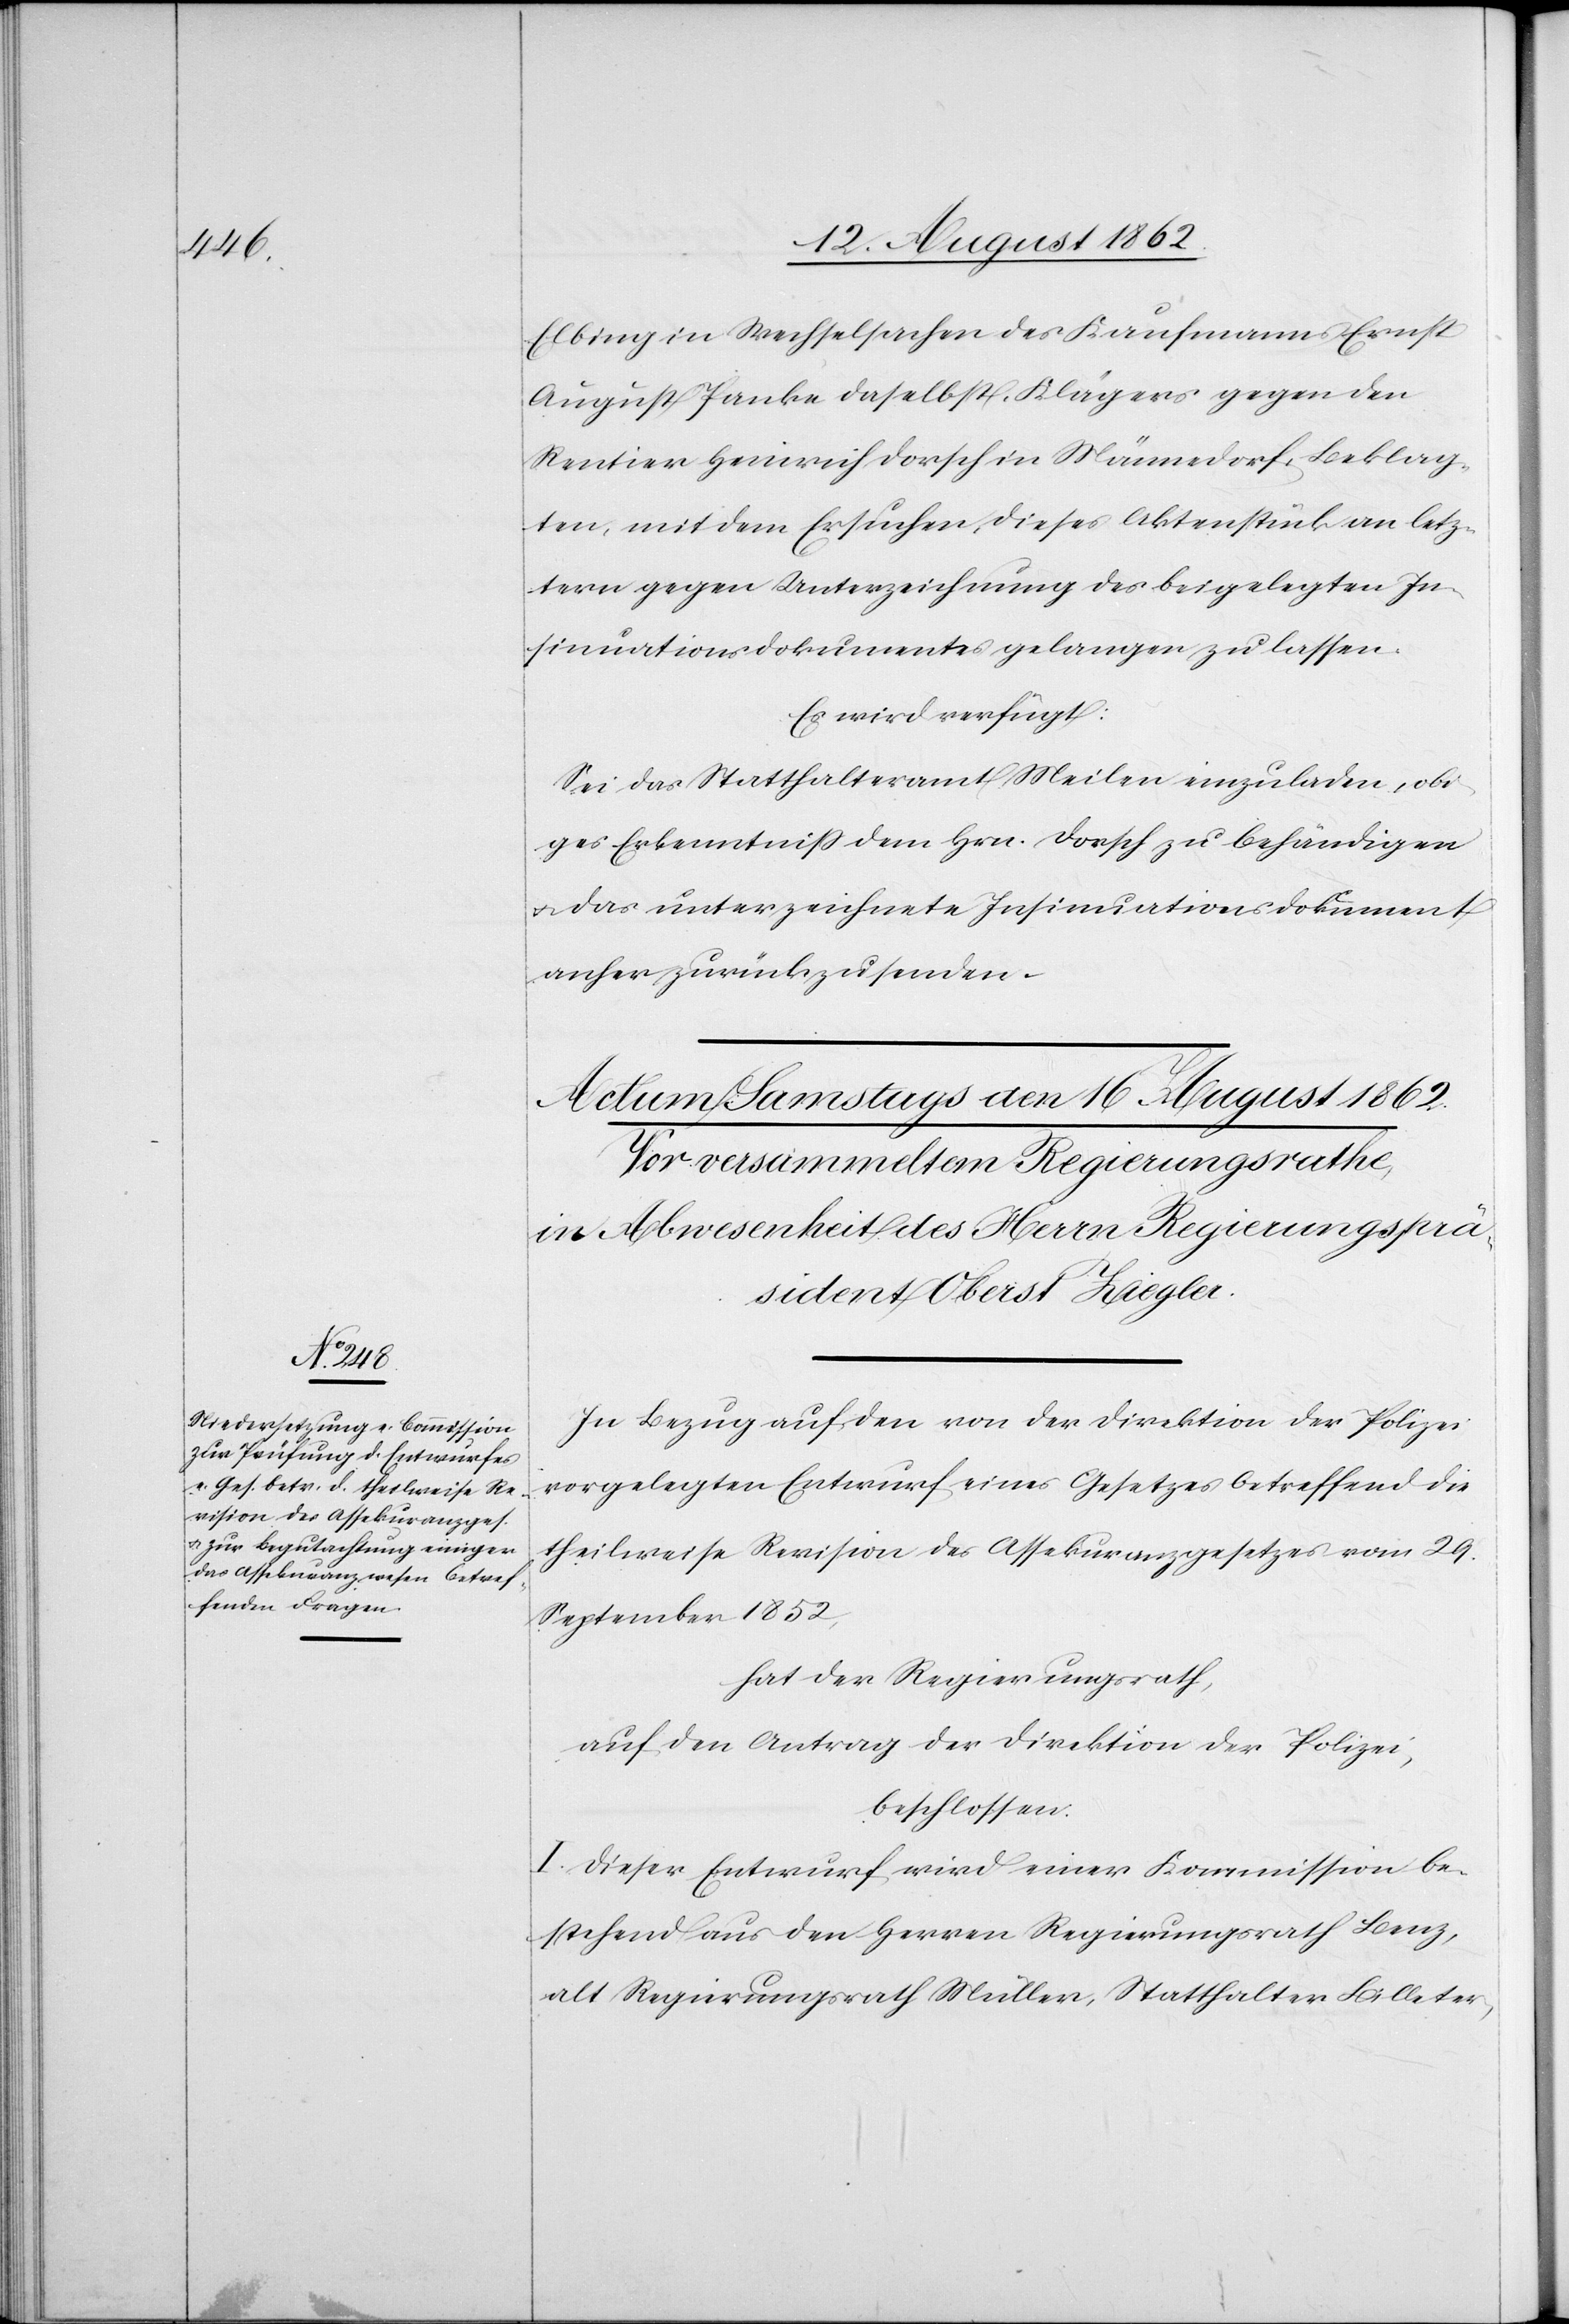
Elbing in Wechselsachen des Kaufmanns Ernst
August Panke daselbst, Klägers gegen den
Rentier Heinrich Dorsch in Männedorf, Beklag¬
ten, mit dem Ersuchen, dieses Aktenstück, an letz¬
tern gegen Unterzeichnung des beigelegten In¬
sinuationsdokumentes gelangen zu lassen.
Es wird verfügt:
Sei das Statthalteramt Meilen einzuladen, obi¬
ges Erkenntniß dem Hrn. Dorsch zu behändigen
u. das unterzeichnete Insinuationsdokument
anher zurückzusenden.
In Bezug auf den von der Direktion der Polizei
vorgelegten Entwurf eines Gesetzes betreffend die
theilweise Revision des Assekuranzgesetzes vom 29.
September 1852,
hat der Regierungsrath,
auf den Antrag der Direktion der Polizei,
beschlossen:
I. Dieser Entwurf wird einer Kommission be¬
stehend aus den Herren Regierungsrath Benz,
alt Regierungsrath Müller, Statthalter Billeter,